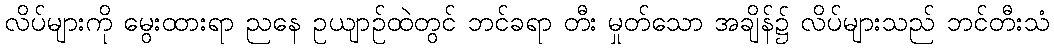
လိပ်များကို မွေးထားရာ ညနေ ဥယျာဉ်ထဲတွင် ဘင်ခရာ တီး မှုတ်သော အချိန်၌ လိပ်များသည် ဘင်တီးသံ